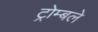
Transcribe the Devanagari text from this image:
ट्रोम्बले